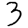
Digit: 3